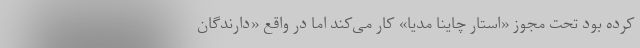
کرده بود تحت مجوز «استار چاینا مدیا» کار می‌کند اما در واقع «دارندگان